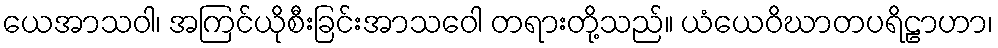
ယေအာသဝါ၊ အကြင်ယိုစီးခြင်းအာသဝေါ တရားတို့သည်။ ယံယေဝိဃာတပရိဠာဟာ၊